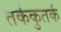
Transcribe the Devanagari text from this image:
तर्ककुतर्क